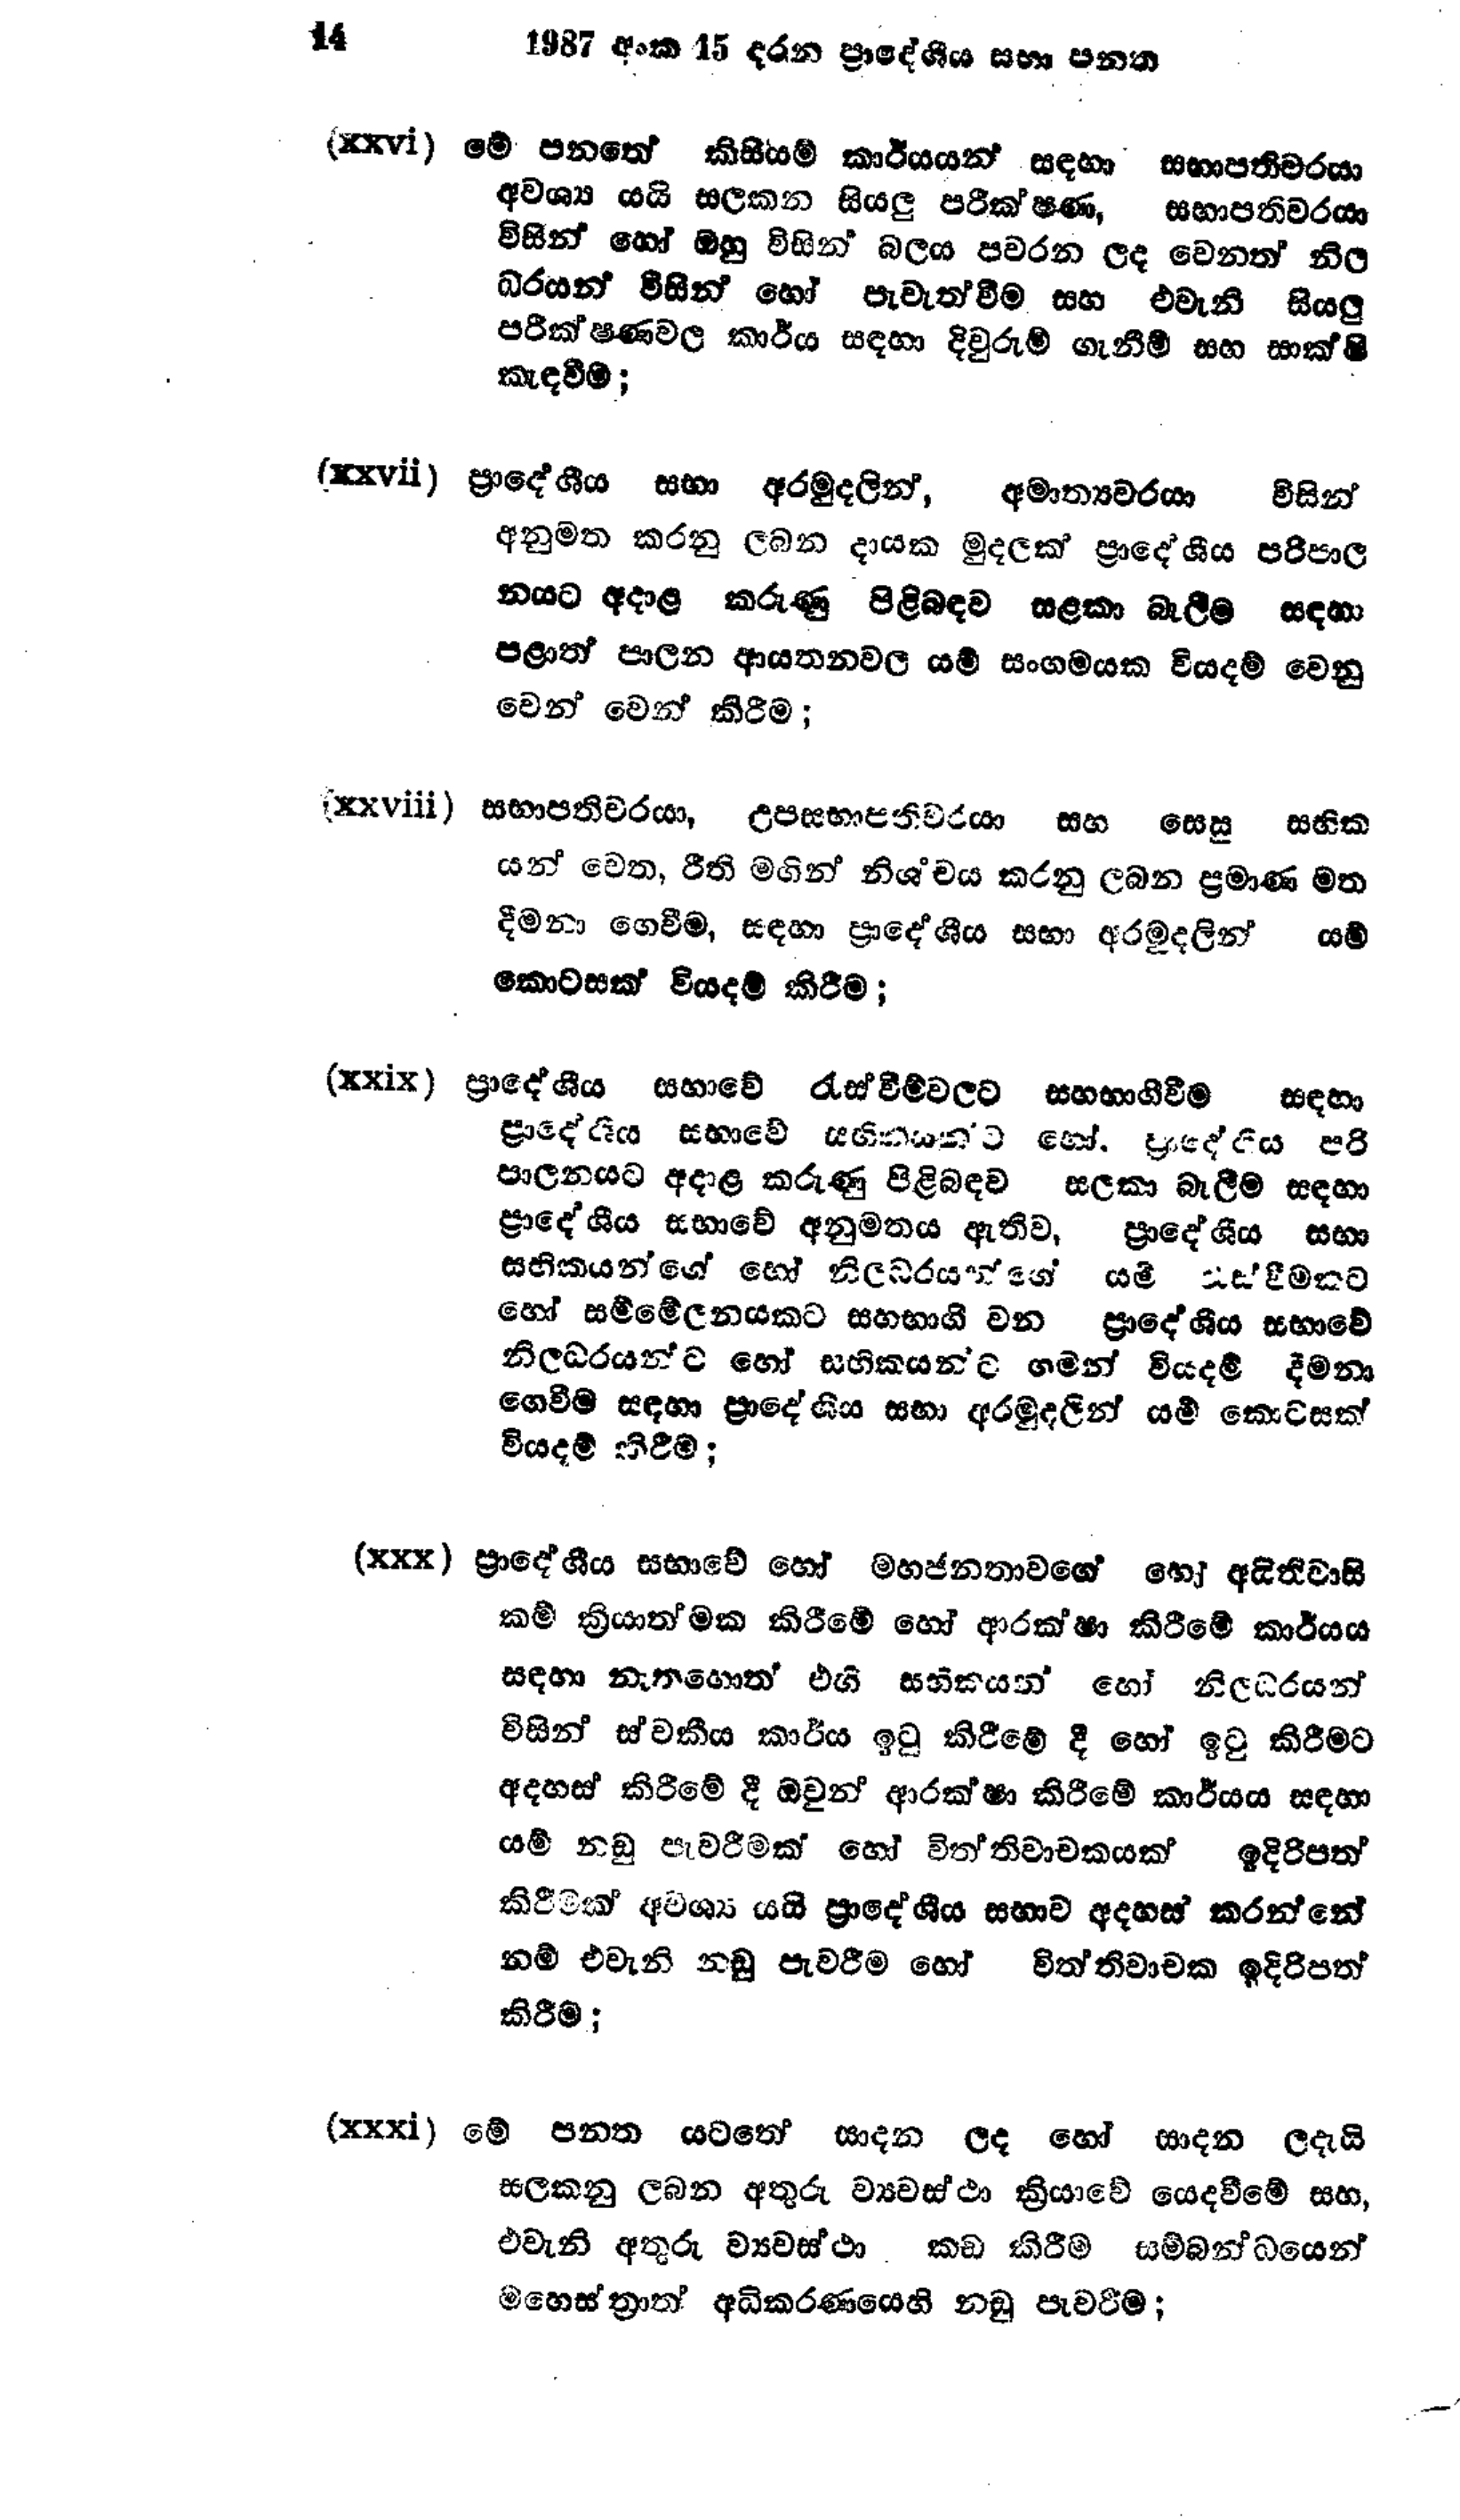
14 1987 අංක 15 දරන ප්‍රාදේශීය සභා පනත

(xxvi) මේ පනතේ කිසියම් කාර්යයන් සඳහා සභාපතිවරයා
අවශ්‍ය යයි සලකන සියලු පරීක්ෂණ, සභාපතිවරයා
විසින් හෝ ඔහු විසින් බලය පවරන ලද වෙනත් නිල
ධරයන් විසින් හෝ පැවැත්වීම සහ එවැනි සියලු
පරීක්ෂණවල කාර්ය සඳහා දිවුරුම් ගැනීම් සහ සාක්ෂි
කැඳවීම්;

(xxvii) ප්‍රාදේශීය සභා අරමුදලින්, අමාත්‍යවරයා විසින්
අනුමත කරනු ලබන දායක මුදලක් ප්‍රාදේශීය පරිපාල
නයට අදාළ කරුණු පිළිබඳව සළකා බැලීම සඳහා
පළාත් පාලන ආයතනවල යම් සංගමයක වියදම් වෙනු
වෙන් වෙන් කිරීම;

(xxviii) සභාපතිවරයා, උපසභාපතිවරයා සහ සෙසු සභික
යන් වෙත, රීති මගින් නිශ්චය කරනු ලබන ප්‍රමාණ මත
දීමනා ගෙවීම, සඳහා ප්‍රාදේශීය සභා අරමුදලින් ‍යම්
කොටසක් වියදම් කිරීම;

(xxix) ප්‍රාදේශීය සභාවේ රැස්වීම්වලට සහභාගීවීම සඳහා
ප්‍රාදේශීය සභාවේ සහිකතකට හෝ, ප්‍රාදේශීය පරි
පාලනයට අදාළ කරුණු පිළිබඳව සලකා බැලීම සඳහා
ප්‍රාදේශීය සභාවේ අනුමතය ඇතිව, ප්‍රාදේශීය සභා
සභිකයන්ගේ හෝ නිලධරයන්ගේ යම් රැස්වීමකට
හෝ සම්මේලනයකට සහභාගී වන ප්‍රාදේශීය සභාවේ
නිලධරයන්ට හෝ සභිකයන්ට ගමන් වියදම් දීමනා
ගෙවීම සඳහා ප්‍රාදේශීය සභා අරමුදලින් යම් කොටසක්
වියදම් කිරීම;

(xxx) ප්‍රාදේශීය සභාවේ හෝ මහජනතාවගේ හෝ අයිතිවාසි
කම් ක්‍රියාත්මක කිරීමේ හෝ ආරක්ෂා කිරීමේ කාර්යය
සඳහා නැතහොත් එහි සභිකයන් හෝ නිලධරයන්
විසින් ස්වකීය කාර්ය ඉටු කිරීමේ දී හෝ ඉටු කිරීමට
අදහස් කිරීමේ දී ඔවුන් ආරක්ෂා කිරීමේ කාර්යය සඳහා
යම් නඩු පැවරීමක් හෝ විත්තිවාචකයක් ඉදිරිපත්
කිරීමක් අවශ්‍ය යයි ප්‍රාදේශීය සභාව අදහස් කරන්නේ
නම් එවැනි නඩු පැවරීම හෝ විත්තිවාචක ඉදිරිපත්
කිරීම;

(xxxi) මේ පනත යටතේ සාදන ලද හෝ සාදන ලදැයි
සලකනු ලබන අතුරු ව්‍යවස්ථා ක්‍රියාවේ යෙදවීමේ සහ,
එවැනි අතුරු ව්‍යවස්ථා කඩ කිරීම සම්බන්ධයෙන්
මහෙස්ත්‍රාත් අධිකරණයෙහි නඩු පැවරීම;